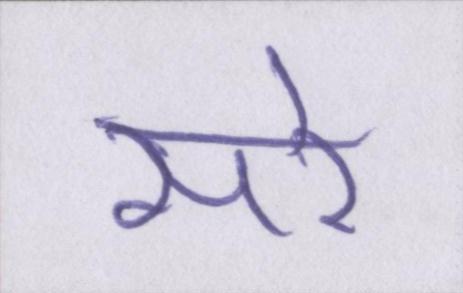
सरे